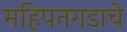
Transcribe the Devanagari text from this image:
महिपतगडाचे